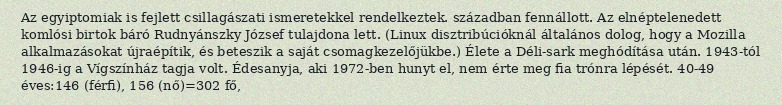
Az egyiptomiak is fejlett csillagászati ismeretekkel rendelkeztek. században fennállott. Az elnéptelenedett komlósi birtok báró Rudnyánszky József tulajdona lett. (Linux disztribúcióknál általános dolog, hogy a Mozilla alkalmazásokat újraépítik, és beteszik a saját csomagkezelőjükbe.) Élete a Déli-sark meghódítása után. 1943-tól 1946-ig a Vígszínház tagja volt. Édesanyja, aki 1972-ben hunyt el, nem érte meg fia trónra lépését. 40-49 éves:146 (férfi), 156 (nő)=302 fő,